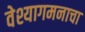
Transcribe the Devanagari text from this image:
वेश्यागमनाचा